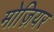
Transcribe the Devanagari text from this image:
मोज़ियर